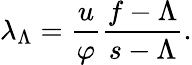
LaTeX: \lambda_{\Lambda}=\frac{u}{\varphi}\frac{f-\Lambda}{s-\Lambda}.